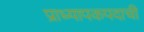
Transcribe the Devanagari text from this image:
प्राध्यापकपदाची